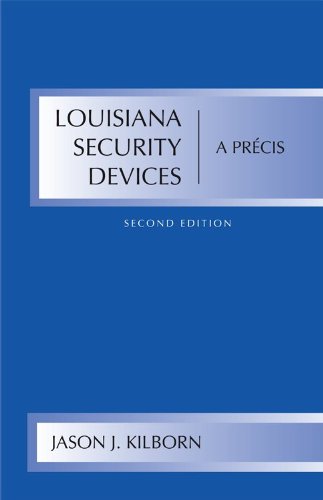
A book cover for Louisiana Security Devices: A Precis; Jason J. Kilborn; Law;